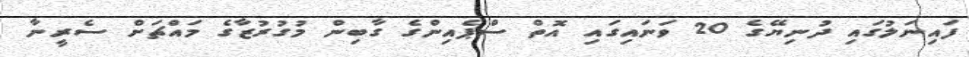
ފައިނަލުގައި ދުނިޔޭގެ 20 ވަނައިގައި އޮތް ސްޕެއިންގެ ގާބިން މުގުރުޒާގެ މައްޗަށް ސެރީނާ